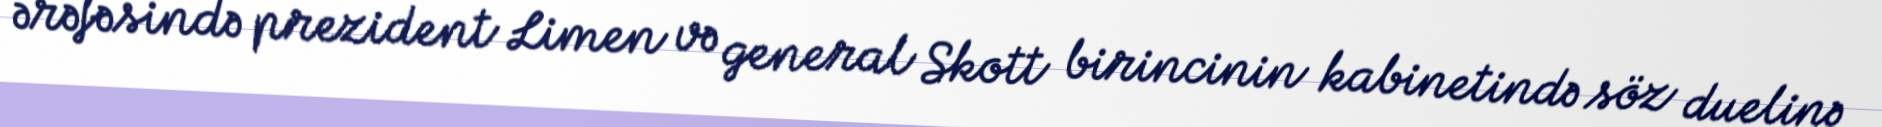
ərəfəsində prezident Limen və general Skott birincinin kabinetində söz duelinə